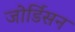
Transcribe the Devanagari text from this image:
जोर्डिसन